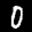
Label: 0